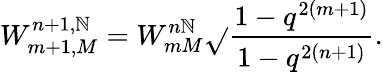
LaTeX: W_{m+1,M}^{n+1,\mathbb{N}}=W_{mM}^{n\mathbb{N}}\sqrt{}{{\frac{{1-q^{2(m+1)}}}{{1-q^{2(n+1)}}}}}.